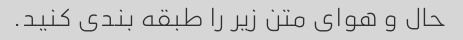
حال و هوای متن زیر را طبقه بندی کنید.